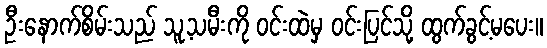
ဦးနောက်စိမ်းသည် သူ့သမီးကို ဝင်းထဲမှ ဝင်းပြင်သို့ ထွက်ခွင့်မပေး။